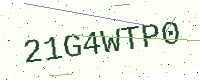
Text: 21G4WTP0